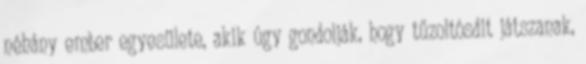
néhány ember egyesülete, akik úgy gondolják, hogy tűzoltósdit játszanak,